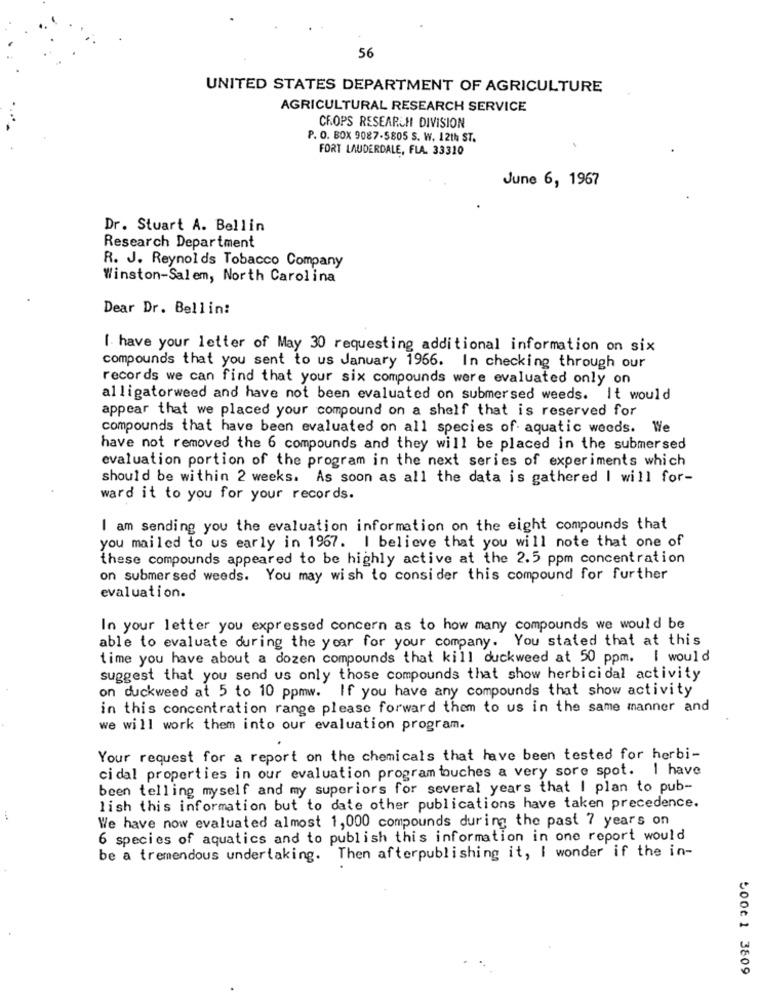
56
UNITED STATES DEPARTMENT OF AGRICULTURE
AGRICULTURAL RESEARCH SERVICE
CROPS RESEARCH DIVISION
P. O. BOX 9087-5805 S. W. 12th ST.
FORT LAUDERDALE, FLA. 33310
June 6, 1967
Dr. Stuart A. Bellin
Research Department
R. J. Reynolds Tobacco Company
Winston-Salem, North Carolina
Dear Dr. Bellini
[ have your letter of May 30 requesting additional information on six
compounds that you sent to us January 1966. In checking through our
records we can find that your six compounds were evaluated only on
alligatorweed and have not been evaluated on submersed weeds. It would
appear that we placed your compound on a shelf that is reserved for
compounds that have been evaluated on all species of aquatic weeds.
We
have not removed the 6 compounds and they will be placed in the submersed
evaluation portion of the program in the next series of experiments which
should be within 2 weeks. As soon as all the data is gathered I will for-
ward it to you for your records.
I am sending you the evaluation information on the eight compounds that
you mailed to us early in 1967. I believe that you will note that one of
these compounds appeared to be highly active at the 2.5 ppm concentration
on submer sed weeds. You may wish to consider this compound for further
evaluation.
In your letter you expressed concern as to how many compounds we would be
able to evaluate during the year for your company. You stated that at this
time you have about a dozen compounds that kill duckweed at 50 ppm. I would
suggest that you send us only those compounds that show herbicidal activity
on duckweed at 5 to 10 ppmw. If you have any compounds that show activity
in this concentration range please forward them to us in the same manner and
we will work them into our evaluation program.
Your request for a report on the chemicals that have been tested for herbi-
ci dal properties in our evaluation program touches a very sore spot. I have
been telling myself and my superiors for several years that I plan to pub-
lish this information but to date other publications have taken precedence.
We have now evaluated almost 1,000 compounds during the past 7 years on
6 species of aquatics and to publish this information in one report would
be a tremendous undertaking. Then afterpublishing it, I wonder if the in-
500€ 1 3809